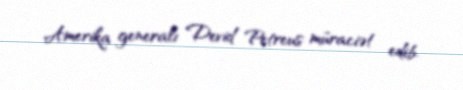
Amerika generalı Devid Petreus müraciət edib.